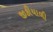
જીકીયાળી